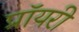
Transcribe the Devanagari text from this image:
प्रॉयरी